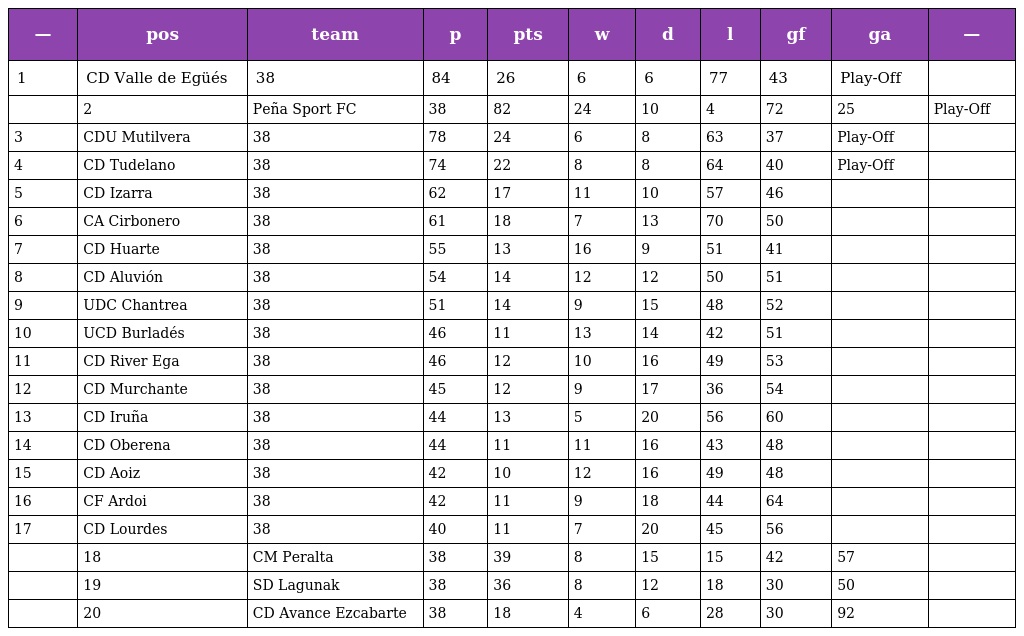
| — | pos | team | p | pts | w | d | l | gf | ga | — |
 | --- | --- | --- | --- | --- | --- | --- | --- | --- | --- | --- |
 | 1 | CD Valle de Egüés | 38 | 84 | 26 | 6 | 6 | 77 | 43 | Play-Off |  |
 |  | 2 | Peña Sport FC | 38 | 82 | 24 | 10 | 4 | 72 | 25 | Play-Off |
 | 3 | CDU Mutilvera | 38 | 78 | 24 | 6 | 8 | 63 | 37 | Play-Off |  |
 | 4 | CD Tudelano | 38 | 74 | 22 | 8 | 8 | 64 | 40 | Play-Off |  |
 | 5 | CD Izarra | 38 | 62 | 17 | 11 | 10 | 57 | 46 |  |  |
 | 6 | CA Cirbonero | 38 | 61 | 18 | 7 | 13 | 70 | 50 |  |  |
 | 7 | CD Huarte | 38 | 55 | 13 | 16 | 9 | 51 | 41 |  |  |
 | 8 | CD Aluvión | 38 | 54 | 14 | 12 | 12 | 50 | 51 |  |  |
 | 9 | UDC Chantrea | 38 | 51 | 14 | 9 | 15 | 48 | 52 |  |  |
 | 10 | UCD Burladés | 38 | 46 | 11 | 13 | 14 | 42 | 51 |  |  |
 | 11 | CD River Ega | 38 | 46 | 12 | 10 | 16 | 49 | 53 |  |  |
 | 12 | CD Murchante | 38 | 45 | 12 | 9 | 17 | 36 | 54 |  |  |
 | 13 | CD Iruña | 38 | 44 | 13 | 5 | 20 | 56 | 60 |  |  |
 | 14 | CD Oberena | 38 | 44 | 11 | 11 | 16 | 43 | 48 |  |  |
 | 15 | CD Aoiz | 38 | 42 | 10 | 12 | 16 | 49 | 48 |  |  |
 | 16 | CF Ardoi | 38 | 42 | 11 | 9 | 18 | 44 | 64 |  |  |
 | 17 | CD Lourdes | 38 | 40 | 11 | 7 | 20 | 45 | 56 |  |  |
 |  | 18 | CM Peralta | 38 | 39 | 8 | 15 | 15 | 42 | 57 |  |
 |  | 19 | SD Lagunak | 38 | 36 | 8 | 12 | 18 | 30 | 50 |  |
 |  | 20 | CD Avance Ezcabarte | 38 | 18 | 4 | 6 | 28 | 30 | 92 |  |